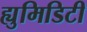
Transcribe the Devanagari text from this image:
ह्युमिडिटी